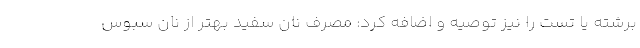
برشته یا تست را نیز توصیه و اضافه کرد: مصرف نان سفید بهتر از نان سبوس